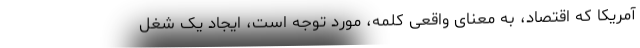
آمریکا که اقتصاد، به معنای واقعی کلمه، مورد توجه است، ایجاد یک شغل